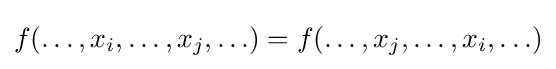
f(\ldots ,x_{i},\ldots ,x_{j},\ldots )=f(\ldots ,x_{j},\ldots ,x_{i},\ldots )